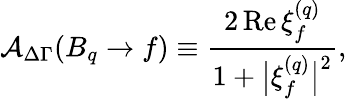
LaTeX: {\cal A}_{\mathrm{\Delta\Gamma}}(B_{q}\to f)\equiv\frac{2\, \mathrm{Re}\, \xi_{f}^{(q)}}{1+\bigl|\xi_{f}^{(q)}\bigr|^{2}},